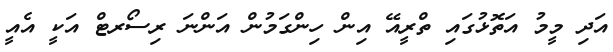
އަދި މީމު އަތޮޅުގައި ތްރީއޭ އިން ހިންގަމުން އަންނަ ރިސޯރޓް އަކީ އެއީ